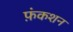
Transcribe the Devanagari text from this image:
फ़ंकशन